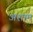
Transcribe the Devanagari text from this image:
अशाम